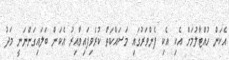
އެކަން ހުއްޓާލުމަށް އެކި އެކި ފެންވަރުގައި މަސައްކަތް ކުރެވިފައިވާއިރު އެކަން ބަލައިގަންނަނީ މަދު